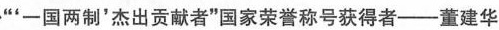
”'-国两制'杰出贡献者”国家荣誉称号获得者--董建华